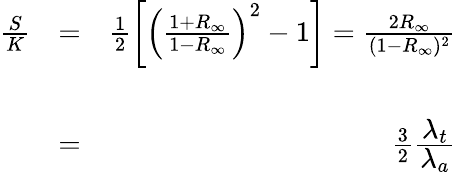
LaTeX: \begin{array}{rlr}{\frac{S}{K}}&{=}&{\frac{1}{2}\left[\left(\frac{1+R_{\infty}}{1-R_{\infty}}\right)^{2}-1\right]=\frac{2R_{\infty}}{(1-R_{\infty})^{2}}}\\ &{}&\\ &{=}&{\frac{3}{2}\frac{\displaystyle\lambda_{t}}{\displaystyle\lambda_{a}}}\end{array}